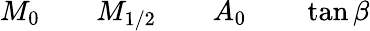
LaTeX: M_{0}\qquad M_{1/2}\qquad A_{0}\qquad\tan\beta